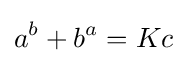
a^{b}+b^{a}=Kc